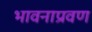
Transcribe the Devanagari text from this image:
भावनाप्रवण